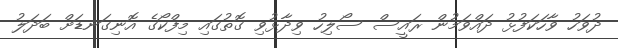
ދުވަހު ވާހަކަފުޅު ދައްވަމުން ރައީސް ސޯލިހު ވިދާޅުވި ގޮތުގައި މިފްކޯގެ އޮނިގަނޑަށް ބަދަލު